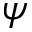
\psi